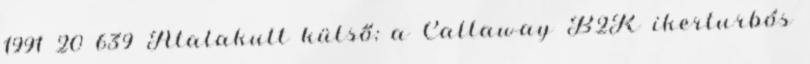
1991 20 639 Átalakult külső; a Callaway B2K ikerturbós